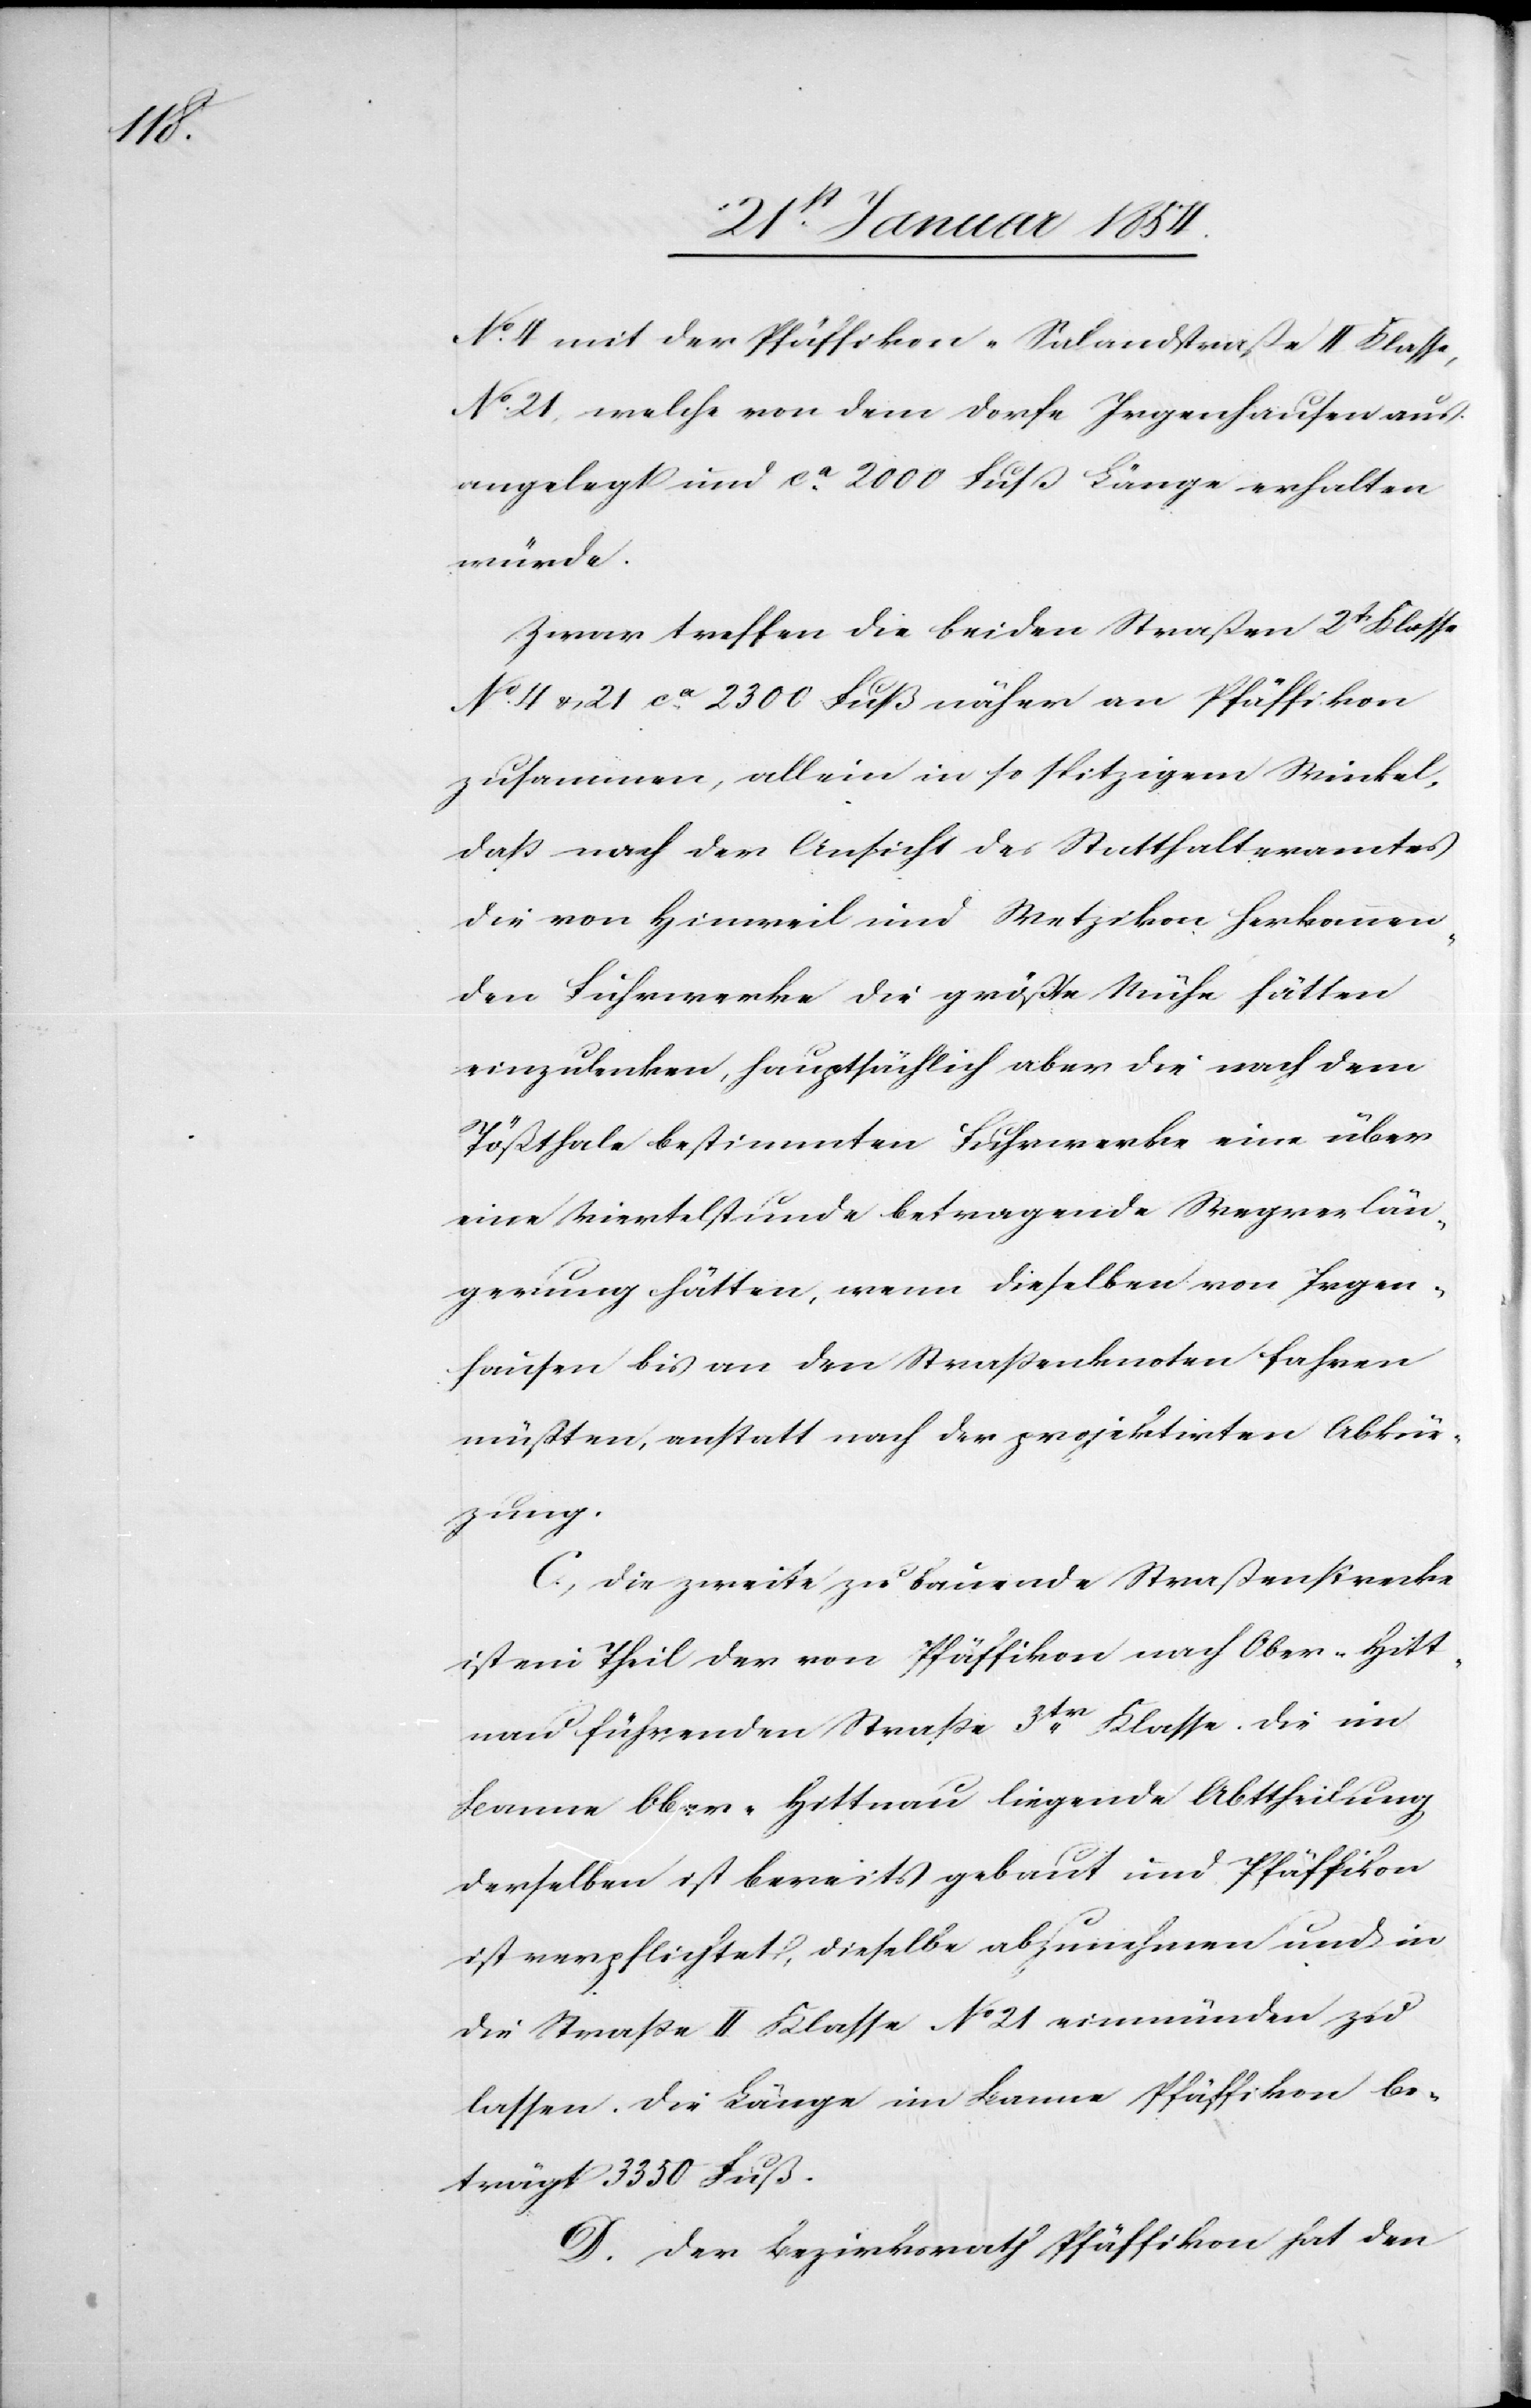
No. 4 mit der Pfäffikon-Salandstraße II Klasse,
No. 21, welche von dem Dorfe Irgenhausen aus
angelegt und ca 2000 Fuß Länge erhalten
würde.
Zwar treffen die beiden Straßen 2t Klasse
No. 4 & 21 ca 2300 Fuß näher an Pfäffikon
zusammen, allein in so spitzigem Winkel,
daß nach der Ansicht des Statthalteramtes
die von Hinweil und Wetzikon herkommen¬
den Fuhrwerke die größte Mühe hätten
einzulenken, hauptsächlich aber die nach dem
Tößthale bestimmten Fuhrwerke eine über
eine Viertelstunde betragende Wegverlän¬
gerung hätten, wenn dieselben von Irgen¬
hausen bis an den Straßenknoten fahren
müßten, anstatt nach der projektirten Abkür¬
zung.
C. Die zweite zu bauende Straßenstrecke
ist ein Theil der von Pfäffikon nach Ober-Hitt¬
nau führenden Straße 3tr Klasse die im
Banne Ober-Hittnau liegende Abtheilung
derselben ist bereits gebaut und Pfäffikon
ist verpflichtet, dieselbe abzunehmen und in
die Straße II Klasse No 21 einmünden zu
lassen. Die Länge im Banne Pfäffikon be¬
trägt 3350 Fuß.
D. Der Bezirksrath Pfäffikon hat den